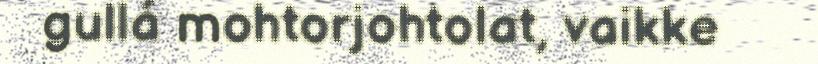
gullá mohtorjohtolat, vaikke